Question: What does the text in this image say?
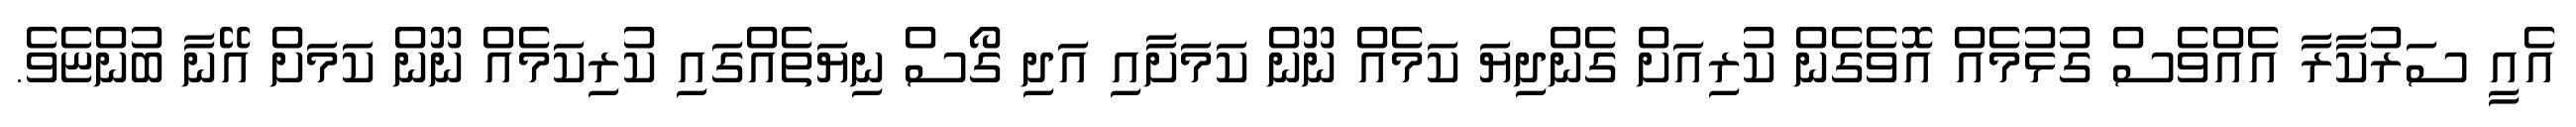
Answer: އެއީ ސަރުކާރާ އެއްވެސް ގުޅުމެއް އޮވެގެން ކުރިއަށް ގެންދިޔަ ކަމެއް ނޫން ކަމަށާއި އަދި ގޯސް ނިޔަތެއްގައި ކުރިކަމެއް ނޫން ކަމަށް އޭނާ ބުންޏެވެ.